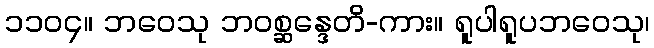
၁၁၀၄။ ဘဝေသု ဘဝစ္ဆန္ဒေတိ-ကား။ ရူပါရူပဘဝေသု၊